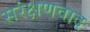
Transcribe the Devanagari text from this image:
सरंक्षणवाद